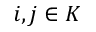
i , j \in K